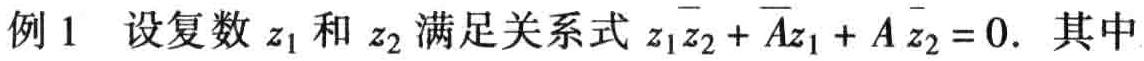
例1 设复数\(z_1\)和\(z_2\)满足关系式\(z_1\overline{z_2}+\overline{A}z_1 + A\overline{z_2}=0\). 其中